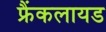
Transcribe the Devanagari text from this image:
फ्रैंकलायड